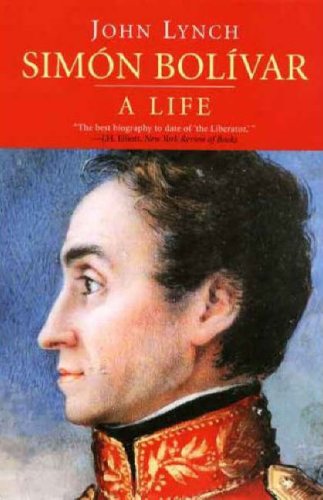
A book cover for Simon Bolivar: A Life; John Lynch; Biographies & Memoirs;